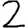
Digit: 2